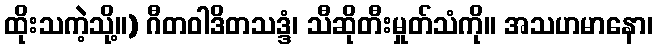
ထိုးသကဲ့သို့။) ဂီတဝါဒိတသဒ္ဒံ၊ သီဆိုတီးမှုတ်သံကို။ အသဟမာနော၊